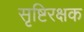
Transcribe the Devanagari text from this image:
सृष्टिरक्षक